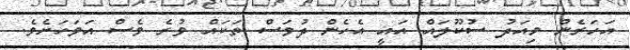
އަހަރެން މިއަދު ސުކޫލައް އައީ އެހެން ދުވަސް ތަކައް ވުރެ ވެސް އަވަހަށެވެ.